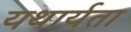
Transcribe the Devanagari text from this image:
यथार्यता